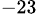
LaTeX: ^{-23}